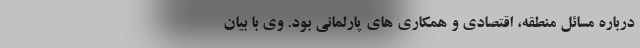
درباره مسائل منطقه، اقتصادی و همکاری های پارلمانی بود. وی با بیان